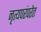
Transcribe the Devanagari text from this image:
नृत्यपरंपरेत